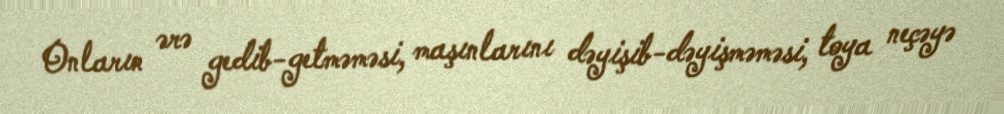
Onların ərə gedib-getməməsi, maşınlarını dəyişib-dəyişməməsi, toya neçəyə